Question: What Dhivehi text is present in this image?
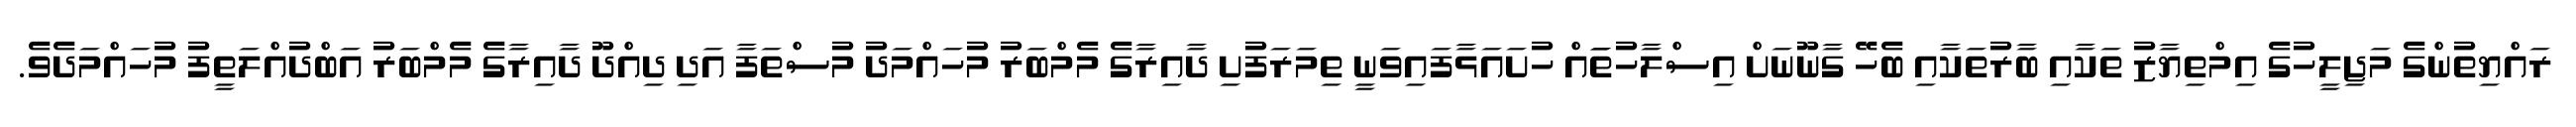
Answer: ރައްޔިތުންގެ މަޖިލީހުގެ އިމްތިޔާޒު ތަކާއި ބާރުތަކާއި ބެހޭ ގާނޫނަށް އިސްލާހުތަައް ހުށައަޅާފައިވަނީ ތިމަރަފުށި ދާއިރާގެ މެމްބަރު މުހައްމަދު މުސްތަފާ އަދި ދިއްދޫ ދާއިރާގެ މެމްބަރު އަބްދުއްލަތީފު މުހައްމަދެވެ.